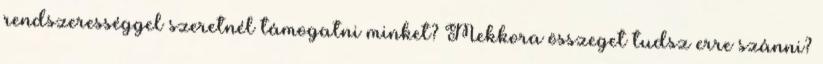
rendszerességgel szeretnél támogatni minket? Mekkora összeget tudsz erre szánni?